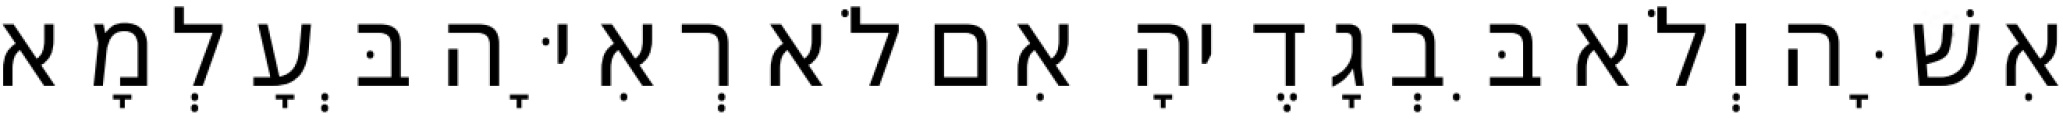
אִשָּׁה וְלֹא בִּבְגָדֶיהָ אִם לֹא רְאִיָּה בְּעָלְמָא